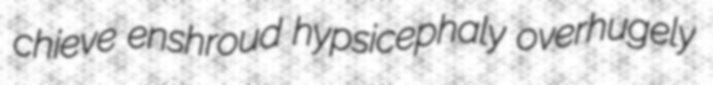
chieve enshroud hypsicephaly overhugely